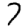
Digit: 7